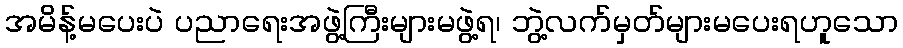
အမိန့်မပေးပဲ ပညာရေးအဖွဲ့ကြီးများမဖွဲ့ရ၊ ဘွဲ့လက်မှတ်များမပေးရဟူသော